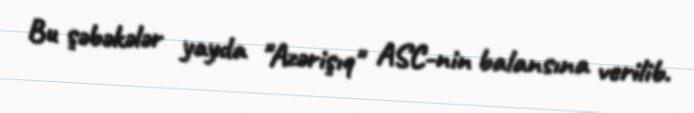
Bu şəbəkələr yayda "Azərişıq" ASC-nin balansına verilib.